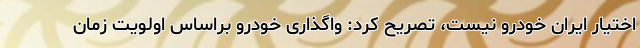
اختیار ایران خودرو نیست، تصریح کرد:‌ واگذاری خودرو براساس اولویت زمان